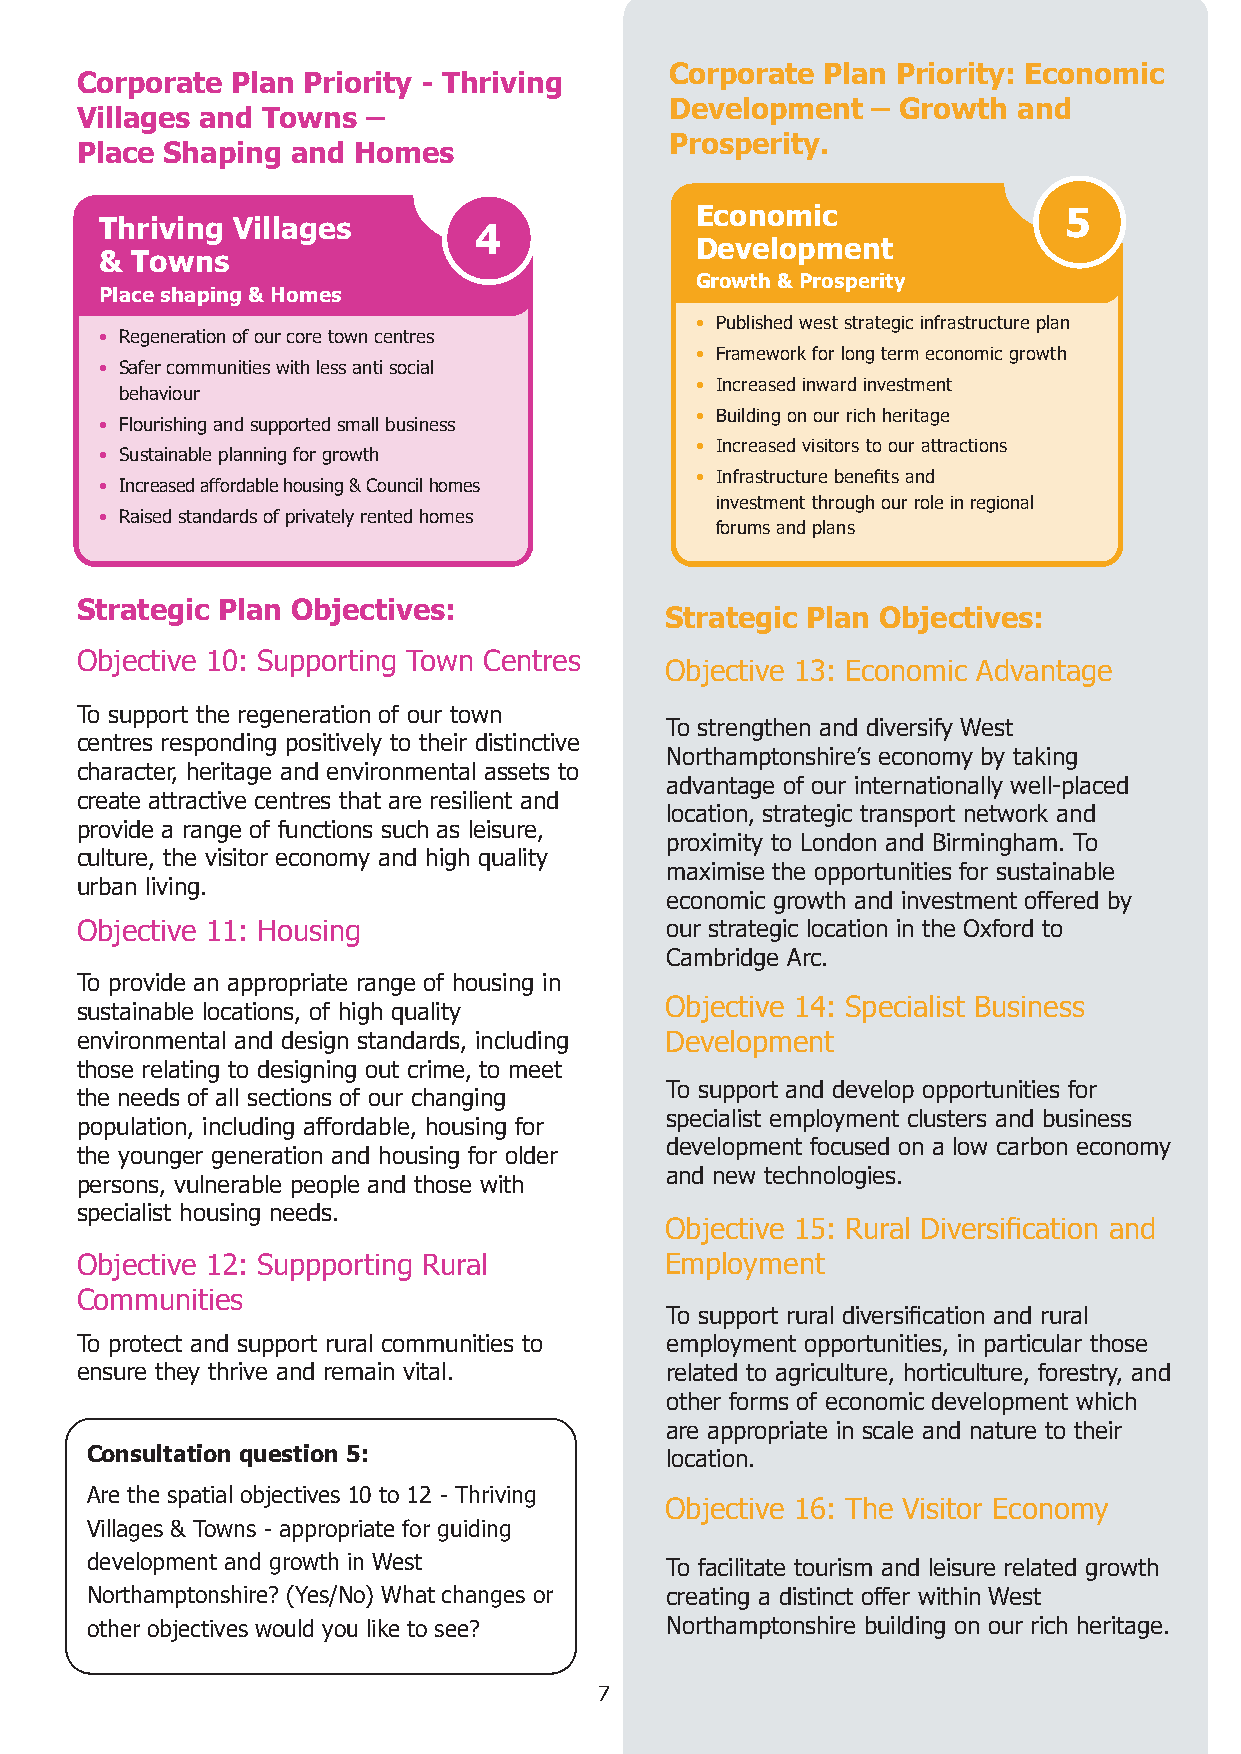
Corporate  Plan Priority: Economic
 Corporate Plan Priority - Thriving
 Development   – Growth and
 Villages and Towns –
 Prosperity.
 Place Shaping and Homes
 Economic                5
 Thriving Villages
 4
 Development
 & Towns
 Growth & Prosperity
 Place shaping & Homes
 • Published west strategic infrastructure plan
 • Regeneration of our core town centres
 • Framework for long term economic growth
 • S afer communities with less anti social
 • Increased inward investment
 behaviour
 • Building on our rich heritage
 • Flourishing and supported small business
 • Increased visitors to our attractions
 • Sustainable planning for growth
 • Increased affordable housing & Council homes
 • Infrastructure benefits and
 investment through our role in regional
 • Raised standards of privately rented homes
 forums and plans
 Strategic Plan Objectives:
 Strategic Plan Objectives:
 Objective 10: Supporting Town Centres
 Objective 13: Economic Advantage
 To support the regeneration of our town
 To strengthen and diversify West
 centres responding positively to their distinctive
 Northamptonshire’s economy by taking
 character, heritage and environmental assets to
 advantage of our internationally well-placed
 create attractive centres that are resilient and
 location, strategic transport network and
 provide a range of functions such as leisure,
 proximity to London and Birmingham. To
 culture, the visitor economy and high quality
 maximise the opportunities for sustainable
 urban living.
 economic growth and investment offered by
 Objective 11: Housing                  our strategic location in the Oxford to
 Cambridge Arc.
 To provide an appropriate range of housing in
 sustainable locations, of high quality Objective 14: Specialist Business
 environmental and design standards, including Development
 those relating to designing out crime, to meet
 To support and develop opportunities for
 the needs of all sections of our changing
 specialist employment clusters and business
 population, including affordable, housing for
 development focused on a low carbon economy
 the younger generation and housing for older
 and new technologies.
 persons, vulnerable people and those with
 specialist housing needs.
 Objective 15: Rural Diversification and
 Objective 12: Suppporting Rural        Employment
 Communities
 To support rural diversification and rural
 To protect and support rural communities to employment opportunities, in particular those
 ensure they thrive and remain vital.   related to agriculture, horticulture, forestry, and
 other forms of economic development which
 are appropriate in scale and nature to their
 Consultation question 5:              location.
 Are the spatial objectives 10 to 12 - Thriving
 Objective 16: The Visitor Economy
 Villages & Towns - appropriate for guiding
 development and growth in West        To facilitate tourism and leisure related growth
 Northamptonshire? (Yes/No) What changes or creating a distinct offer within West
 other objectives would you like to see? Northamptonshire building on our rich heritage.
 7